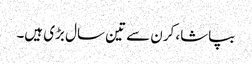
بپاشا، کرن سے تین سال بڑی ہیں۔